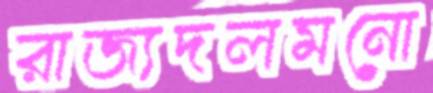
রাজ্যদলমনো